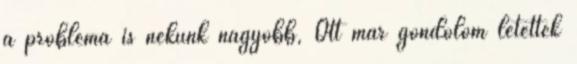
a probléma is nekünk nagyobb, Ott már gondolom letették